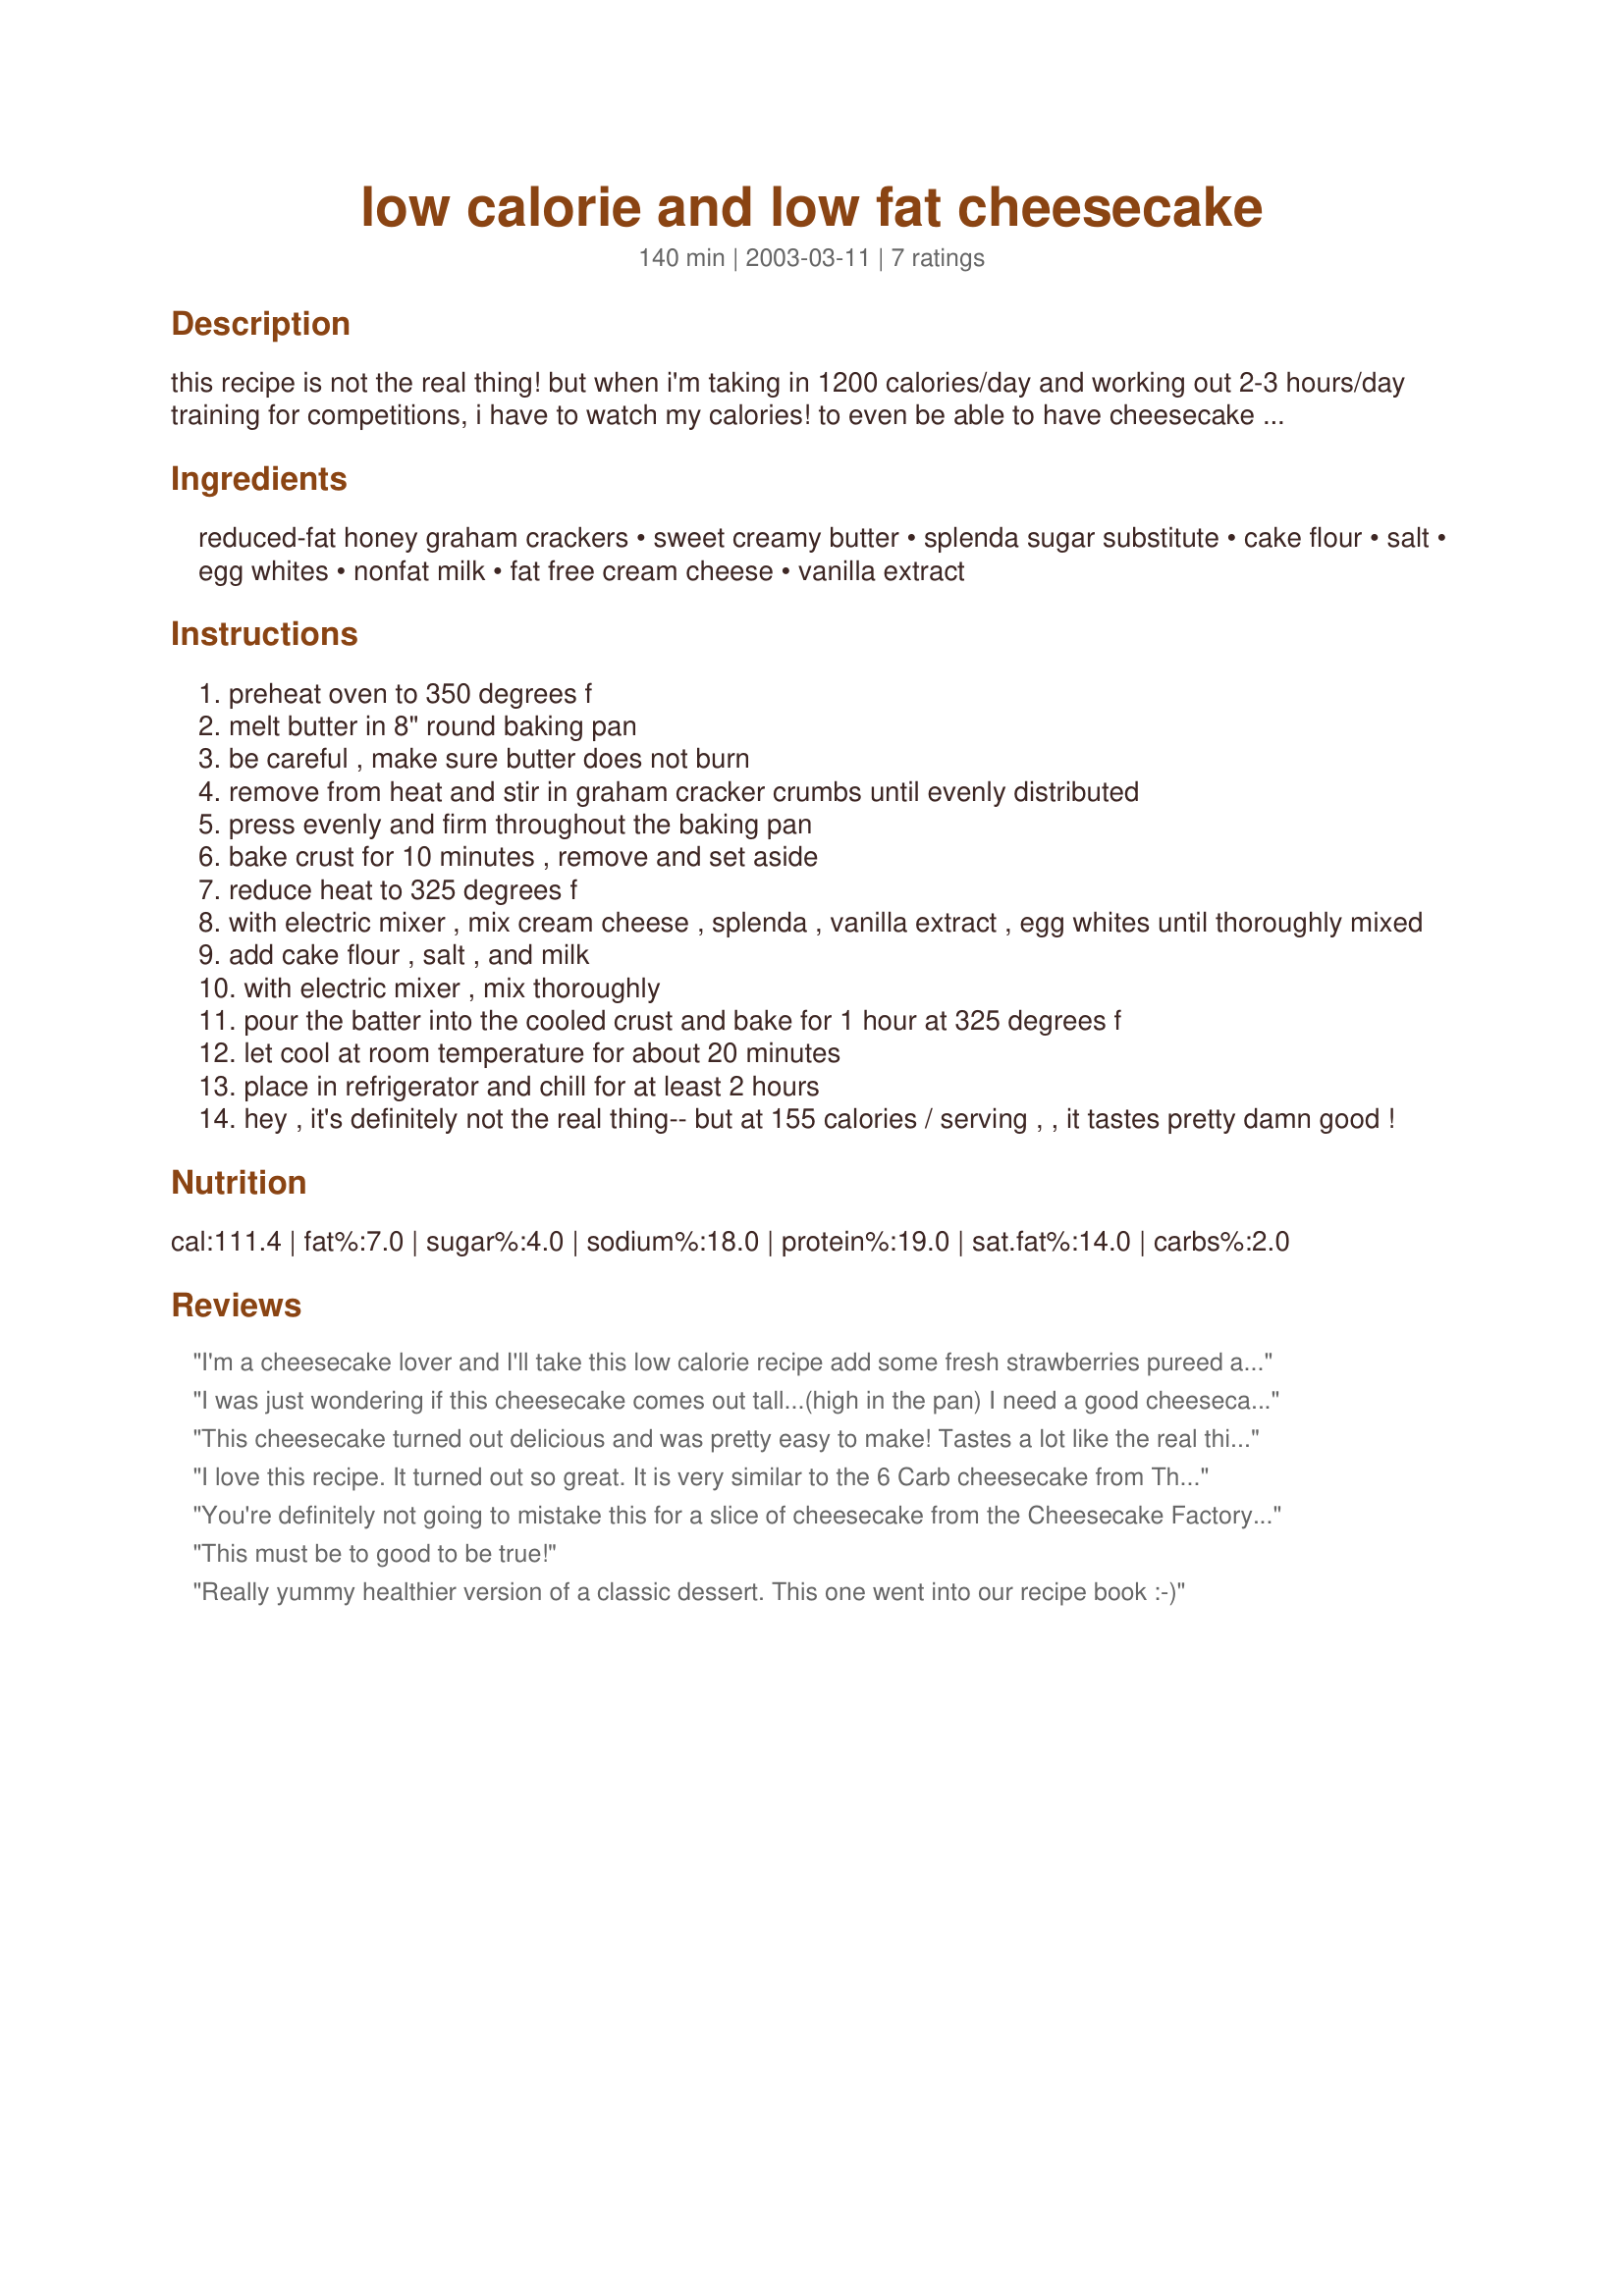
low calorie and low fat cheesecake
Preparation time: 140 minutes

this recipe is not the real thing! but when i'm taking in 1200 calories/day and working out 2-3 hours/day training for competitions, i have to watch my calories! to even be able to have cheesecake is a rare treat! this recipe isn't bad at all...and at 155 calories/serving, (1/8 of the cheesecake), i consider it a real treat!

Ingredients:
reduced-fat honey graham crackers, sweet creamy butter, splenda sugar substitute, cake flour, salt, egg whites, nonfat milk, fat free cream cheese, vanilla extract

Steps:
preheat oven to 350 degrees f
melt butter in 8" round baking pan
be careful , make sure butter does not burn
remove from heat and stir in graham cracker crumbs until evenly distributed
press evenly and firm throughout the baking pan
bake crust for 10 minutes , remove and set aside
reduce heat to 325 degrees f
with electric mixer , mix cream cheese , splenda , vanilla extract , egg whites until thoroughly mixed
add cake flour , salt , and milk
with electric mixer , mix thoroughly
pour the batter into the cooled crust and bake for 1 hour at 325 degrees f
let cool at room temperature for about 20 minutes
place in refrigerator and chill for at least 2 hours
hey , it's definitely not the real thing-- but at 155 calories / serving , , it tastes pretty damn good !

Reviews:
I'm a cheesecake lover and I'll take this low calorie recipe add some fresh strawberries pureed and enjoy not just one slice but two or three. I loved it! Thanks...for sharing, some of us love to see low calorie desserts, cuz we crave them. I especially crave cheesecake. You got a winner here. Just the fact that it's baked and not just chilled makes the difference. Kudos ~V
I was just wondering if this cheesecake comes out tall...(high in the pan) I need a good cheesecake substitution and this seems good...but will everyone like it? Does it have the cheesecake taste?
This cheesecake turned out delicious and was pretty easy to make! Tastes a lot like the real thing too.
I love this recipe. It turned out so great. It is very similar to the 6 Carb cheesecake from The Cheesecake Factory. I wasn't all too sure how to make the graham cracker crust but it turned out ok. My husband absolutely loved it! It did initially rise in the oven, but fell once I placed it in the fridge.
You're definitely not going to mistake this for a slice of cheesecake from the Cheesecake Factory - but considering how reduced in calories it is, it's pretty good! I used a pre-made reduced-fat graham crust and when I calculated my calories, I came to 172 per slice, with 8 slices. Which is great for a normal sized slice of cheesecake! The flavor was a little bland, so I ended up sprinkling a little pumpkin pie spice, just to pick up the flavor a little bit. I would definitely recommend this to anyone who's watching their diet. Thanks Haleh!
This must be to good to be true!
Really yummy healthier version of a classic dessert. This one went into our recipe book :-)
